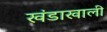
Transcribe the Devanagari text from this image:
खंडाखाली